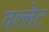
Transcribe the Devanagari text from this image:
वल्लेट